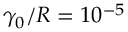
\gamma _ { 0 } / R = 1 0 ^ { - 5 }